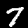
Label: 7